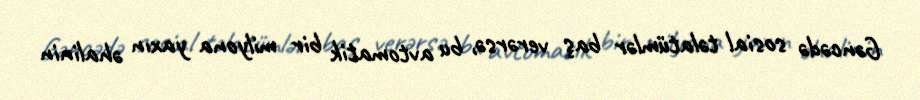
Gəncədə sosial təlatümlər baş verərsə, bu avtomatik bir milyona yaxın əhalinin